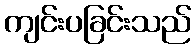
ကျင်းပခြင်းသည်